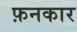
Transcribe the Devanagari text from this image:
फ़नकार